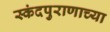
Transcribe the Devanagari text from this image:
स्कंदपुराणाच्या